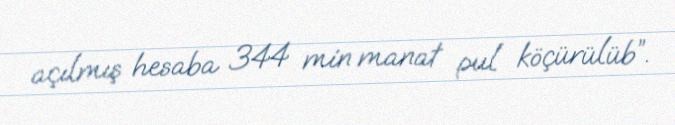
açılmış hesaba 344 min manat pul köçürülüb”.